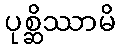
ပုစ္ဆိဿာမိ